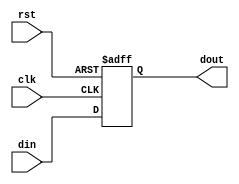
`timescale 1ns / 1ps
//////////////////////////////////////////////////////////////////////////////////
// Company: 
// Engineer: 
// 
// Design Name: 
// Module Name:    PC 
// Project Name: 
// Target Devices: 
// Tool versions: 
// Description: 
//
// Dependencies: 
//
// Revision: 
// Revision 0.01 - File Created
// Additional Comments: 
//
//////////////////////////////////////////////////////////////////////////////////
module PC(input clk, input rst, input [31:0] din, output reg [31:0] dout
    );

always@(posedge clk,negedge rst)
begin
if(!rst)
	dout <= 32'b0;
	else
	dout <= din;
end

endmodule